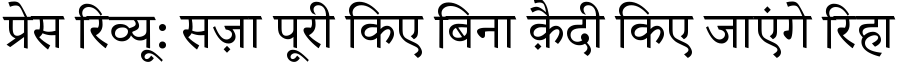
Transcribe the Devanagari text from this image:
प्रेस रिव्यू: सज़ा पूरी किए बिना क़ैदी किए जाएंगे रिहा